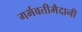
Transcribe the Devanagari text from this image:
गर्भवतीमैदानी